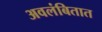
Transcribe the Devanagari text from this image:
अवलंबितात